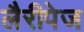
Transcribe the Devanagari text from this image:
लैरीपेज